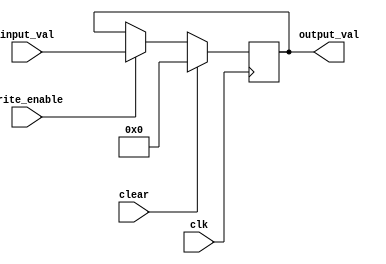
module register
(
    input wire clear, clk, write_enable,
    input wire [31:0] input_val,
    output reg[31:0] output_val
);

initial
begin
    output_val = 0;
end

always @(posedge clk) begin
    if (write_enable) begin
        output_val = input_val;
    end

    if (clear) begin
        output_val = 0;
    end
end

endmodule